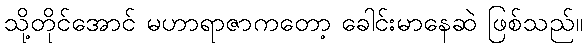
သို့တိုင်အောင် မဟာရာဇာကတော့ ခေါင်းမာနေဆဲ ဖြစ်သည်။